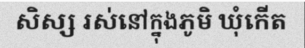
សិស្ស រស់នៅក្នុងភូមិ ឃុំកើត